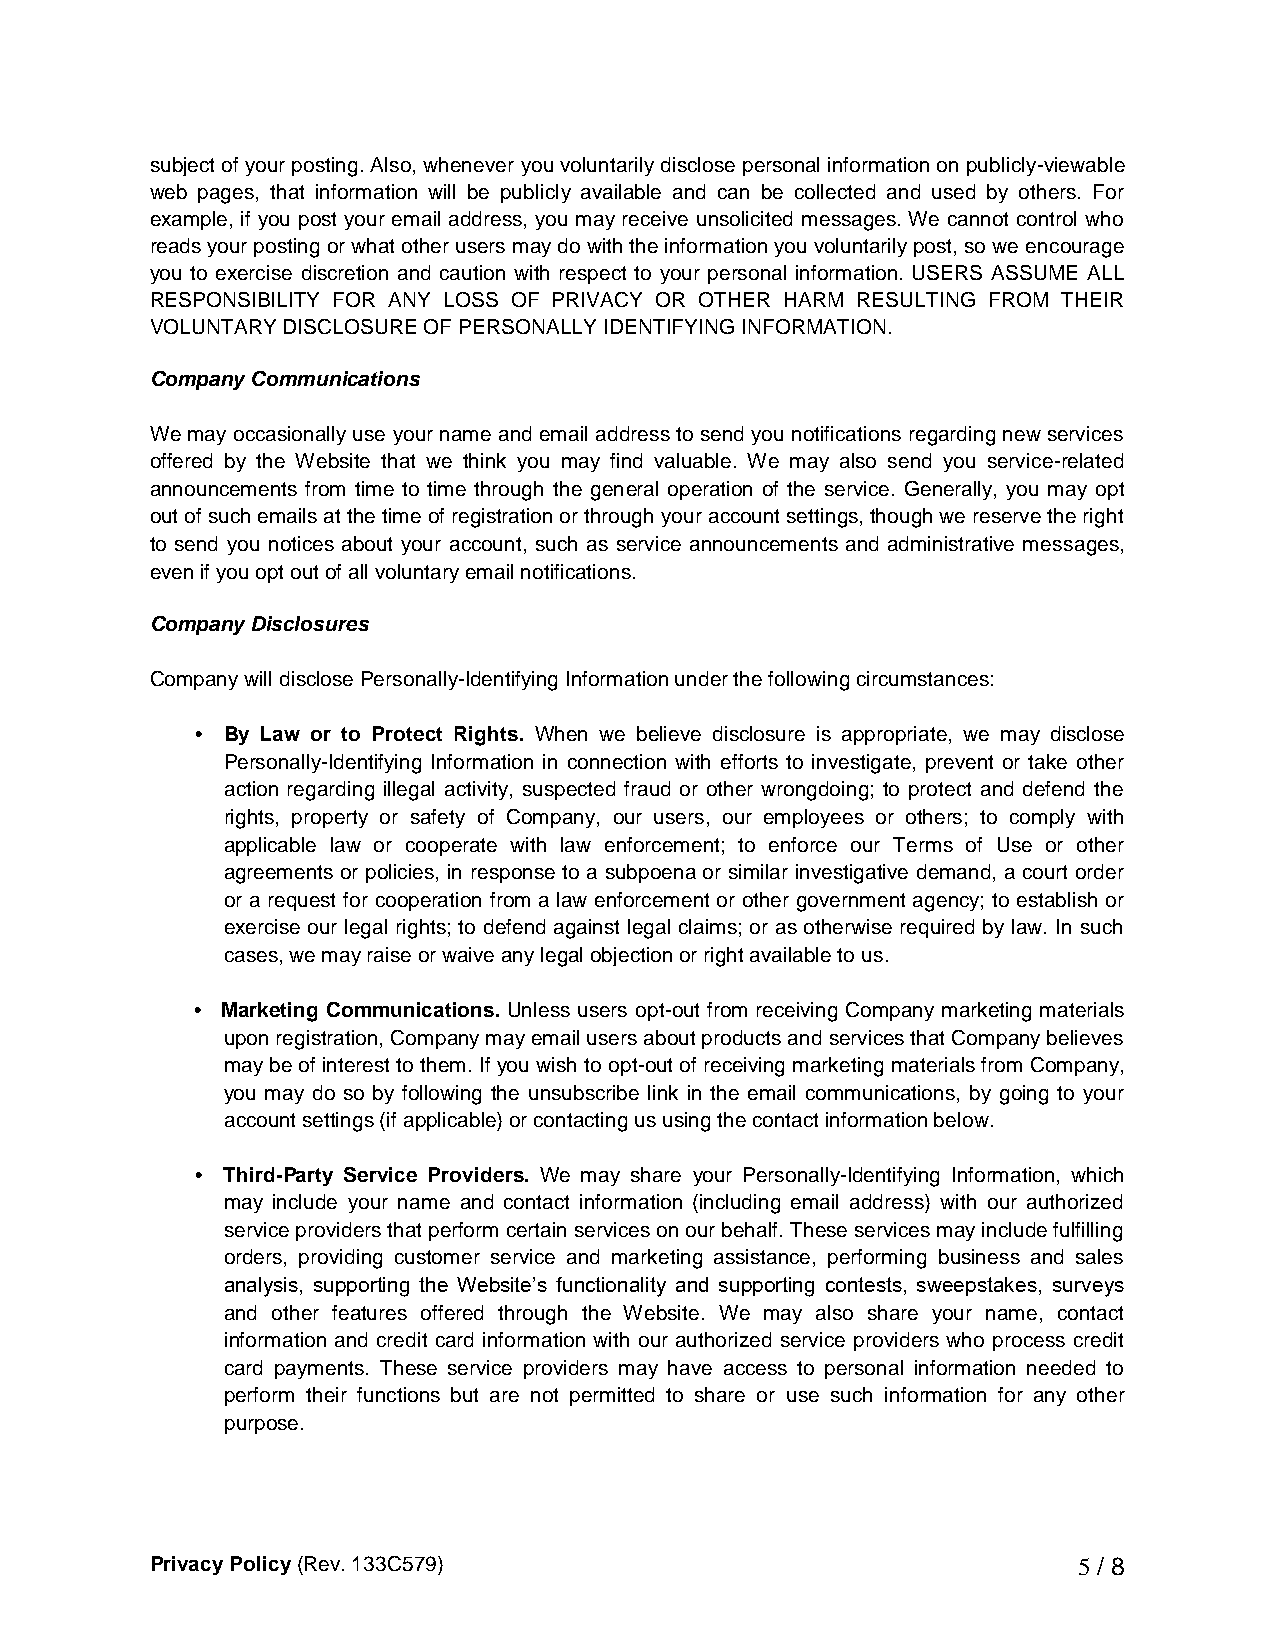
subject of your posting. Also, whenever you voluntarily disclose personal information on publicly-viewable
 web pages, that information will be publicly available and can be collected and used by others. For
 example, if you post your email address, you may receive unsolicited messages. We cannot control who
 reads your posting or what other users may do with the information you voluntarily post, so we encourage
 you to exercise discretion and caution with respect to your personal information. USERS ASSUME ALL
 RESPONSIBILITY FOR ANY LOSS OF PRIVACY OR OTHER HARM RESULTING FROM THEIR
 VOLUNTARY DISCLOSURE OF PERSONALLY IDENTIFYING INFORMATION.
 Company Communications
 We may occasionally use your name and email address to send you notifications regarding new services
 offered by the Website that we think you may find valuable. We may also send you service-related
 announcements from time to time through the general operation of the service. Generally, you may opt
 out of such emails at the time of registration or through your account settings, though we reserve the right
 to send you notices about your account, such as service announcements and administrative messages,
 even if you opt out of all voluntary email notifications.
 Company Disclosures
 Company will disclose Personally-Identifying Information under the following circumstances:
 • By Law or to Protect Rights. When we believe disclosure is appropriate, we may disclose
 Personally-Identifying Information in connection with efforts to investigate, prevent or take other
 action regarding illegal activity, suspected fraud or other wrongdoing; to protect and defend the
 rights, property or safety of Company, our users, our employees or others; to comply with
 applicable law or cooperate with law enforcement; to enforce our Terms of Use or other
 agreements or policies, in response to a subpoena or similar investigative demand, a court order
 or a request for cooperation from a law enforcement or other government agency; to establish or
 exercise our legal rights; to defend against legal claims; or as otherwise required by law. In such
 cases, we may raise or waive any legal objection or right available to us.
 • Marketing Communications. Unless users opt-out from receiving Company marketing materials
 upon registration, Company may email users about products and services that Company believes
 may be of interest to them. If you wish to opt-out of receiving marketing materials from Company,
 you may do so by following the unsubscribe link in the email communications, by going to your
 account settings (if applicable) or contacting us using the contact information below.
 • Third-Party Service Providers. We may share your Personally-Identifying Information, which
 may include your name and contact information (including email address) with our authorized
 service providers that perform certain services on our behalf. These services may include fulfilling
 orders, providing customer service and marketing assistance, performing business and sales
 analysis, supporting the Website’s functionality and supporting contests, sweepstakes, surveys
 and other features offered through the Website. We may also share your name, contact
 information and credit card information with our authorized service providers who process credit
 card payments. These service providers may have access to personal information needed to
 perform their functions but are not permitted to share or use such information for any other
 purpose.
 Privacy Policy (Rev. 133C579)                                5 / 8